Burma Government Medical School reports 1923-41
Year: 1923
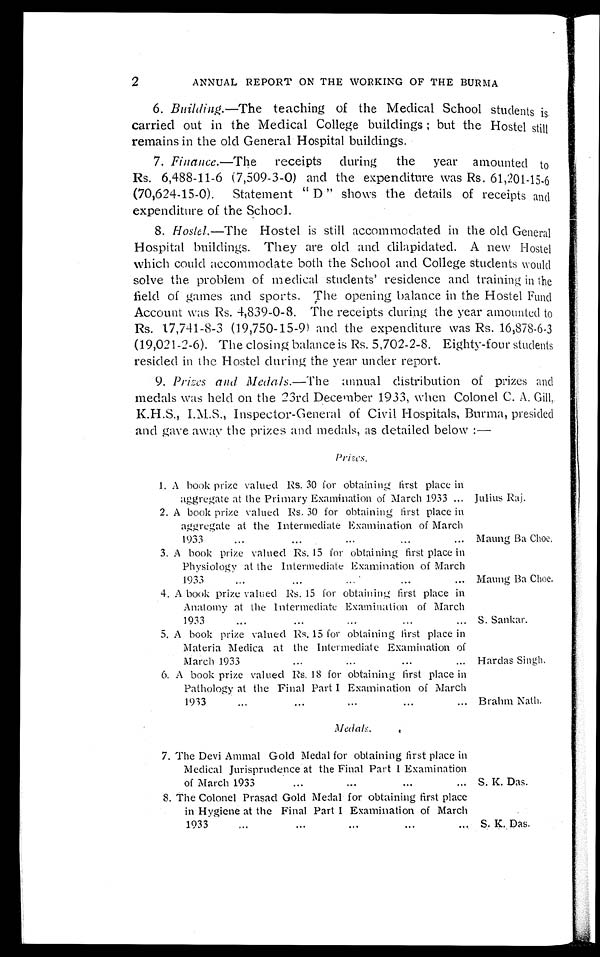
2
ANNUAL REPORT ON THE WORKING OF THE BURMA
6. Building.—The teaching of the Medical School students is
carried out in the Medical College buildings : but the Hostel still
remains in the old General Hospital buildings.
7. Finance.—The receipts during the year amounted to
Rs. 6,488-11-6 (7,509-3-0) and the expenditure was Rs. 61,201-15-6
(70,624-15-0). Statement " D " shows the details of receipts and
expenditure of the School.
8. Hostel.—The Hostel is still accommodated in the old General
Hospital buildings. They are old and dilapidated. A new Hostel
which could accommodate both the School and College students would
solve the problem of medical students' residence and training in the
field of games and sports. The opening balance in the Hostel Fund
Account was Rs. 4,839-0-8. The receipts during the year amounted to
Rs. 17,741-8-3 (19,750-15-9) and the expenditure was Rs. 16,878-6-3
(19,021-2-6). The closing balance is Rs. 5,702-2-8. Eighty-four students
resided in the Hostel during the year under report.
9. Pri zes andM e d a l s . — T h e a n n u a l d i s t r i b u t i o n o f p r i z e s a n d
medals was held on the 23rd December 1933, when Colonel C. A. Gill.,
K.H.S., I.M.S., Inspector-General of Civil Hospitals, Burma, presided
and gave away the prizes and medals, as detailed below :—
Prizes.
1. A book prize valued Rs. 30 for obtaining first place in
aggregate at the Primary Examination of March 1933 . . . Julius Raj.
2. A book prize valued Rs. 30 for obtaining first place in
aggregate at the Intermediate Examination of March
1933 . . .
Maung Ba Choe.
3. A book prize valued Rs. 15 for obtaining first place in
Physiology at the Intermediate Examination of March
1933 . . .
Maung Ba Choe.
4. A book prize valued Rs. 15 for obtaining first place in
Anatomy at the Intermediate Examination of March
1933 . . .
S. Sankar.
5. A book prize valued Rs. 15 for obtaining first place in
Materia Medica at the Intermediate Examination of
March 1933
. . .
Hardas Singh.
6. A book prize valued Rs. 18 for obtaining first place in
Pathology at the Final Part I Examination of March
1933 . . .
Brahm Nath.
7. The Devi Ammal Gold Medal for obtaining first place in
Medical Jurisprudence at the Final Part I Examination
of March 1933 . . .
S. K. Das.
8. The Colonel Prasad Gold Medal for obtaining first place
in Hygiene at the Final Part I Examination of March
1933. . .
S. K. Das.